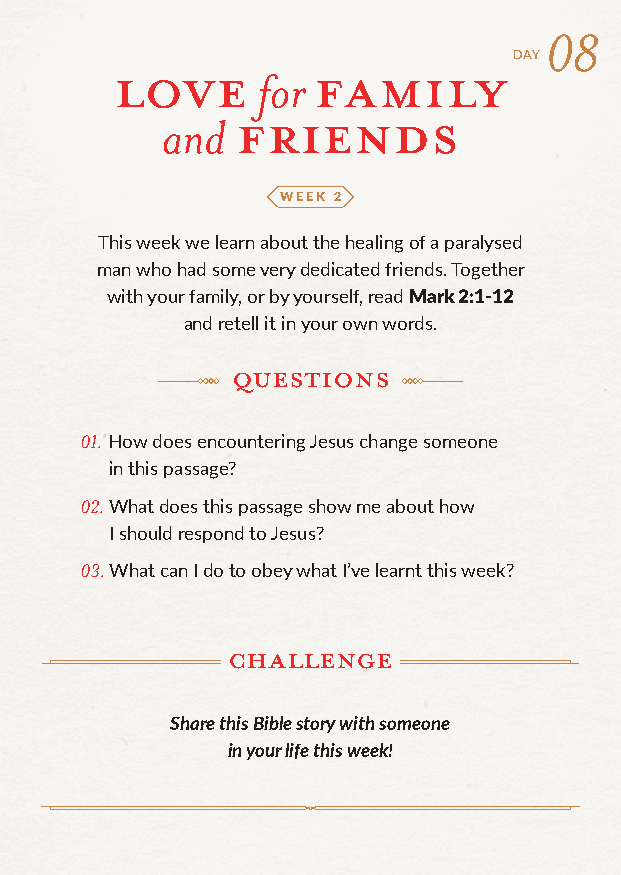
08
 LOVE         familyDAY
 for
 friends
 and
 WEEK 2
 This week we learn about the healing of a paralysed
 man who had some very dedicated friends. Together
 with your family, or by yourself, read Mark 2:1-12
 and retell it in your own words.
 Questions
 01. How does encountering Jesus change someone
 in this passage?
 02. What does this passage show me about how
 I should respond to Jesus?
 03. What can I do to obey what I’ve learnt this week?
 challenge
 Share this Bible story with someone
 in your life this week!